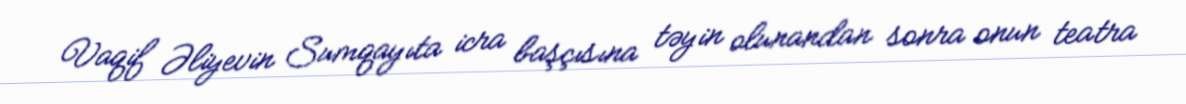
Vaqif Əliyevin Sumqayıta icra başçısına təyin olunandan sonra onun teatra